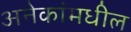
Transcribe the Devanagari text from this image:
अनेकांमधील